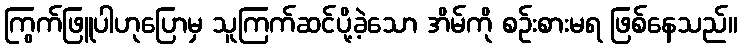
ကြွက်ဖြူပါဟုပြောမှ သူကြက်ဆင်ပို့ခဲ့သော အိမ်ကို စဉ်းစားမရ ဖြစ်နေသည်။